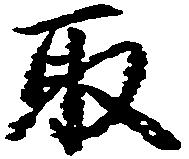
取